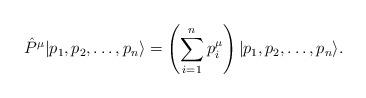
LaTeX: \begin{align*}\hat P^\mu |p_1, p_2, \dots, p_n\rangle =\left( \sum_{i=1}^n p^\mu_i \right)| p_1, p_2, \dots, p_n\rangle.\end{align*}